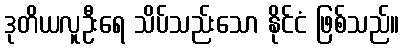
ဒုတိယလူဦးရေ သိပ်သည်းသော နိုင်ငံ ဖြစ်သည်။